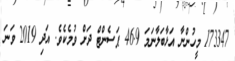
173347 މީހުންނާ އަޅާބަލާނަމަ 46.9 ޕަސެންޓް ދަށް ވުމެކެވެ. އަދި 2019 ވަނަ